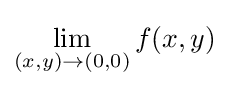
\lim _{(x,y)\to (0,0)}f(x,y)